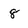
Character: 8